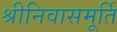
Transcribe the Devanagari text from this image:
श्रीनिवासमूर्ति